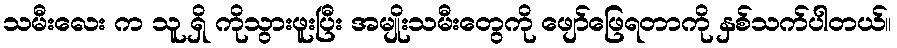
သမီးလေး က သူ ရှိ ကိုသွားဖူးပြီး အမျိုးသမီးတွေကို ဖျော်ဖြေရတာကို နှစ်သက်ပါတယ်။